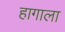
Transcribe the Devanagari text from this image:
हागाला